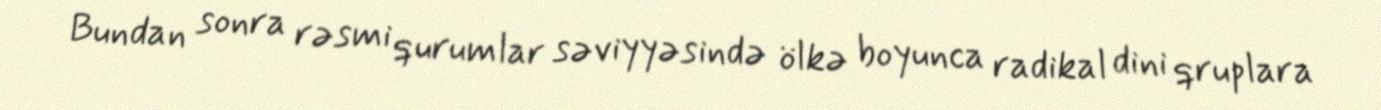
Bundan sonra rəsmi qurumlar səviyyəsində ölkə boyunca radikal dini qruplara